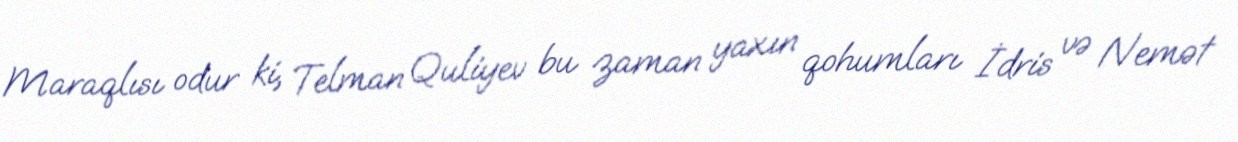
Maraqlısı odur ki, Telman Quliyev bu zaman yaxın qohumları İdris və Nemət